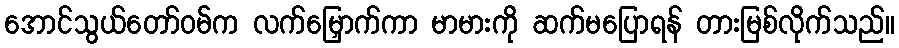
အောင်သွယ်တော်ဝမ်က လက်မြှောက်ကာ မာမားကို ဆက်မပြောရန် တားမြစ်လိုက်သည်။